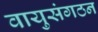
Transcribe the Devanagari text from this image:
वायुसंगठन